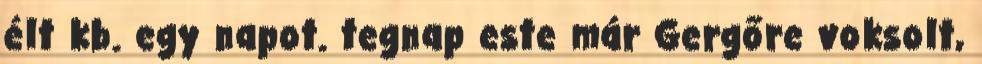
élt kb. egy napot. tegnap este már Gergőre voksolt,